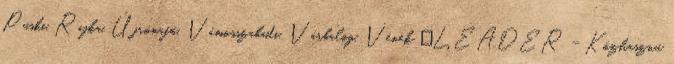
Püski, Rajka, Újrónafő, Vámosszabadi, Várbalog, Vének ▪LEADER - Közhasznú